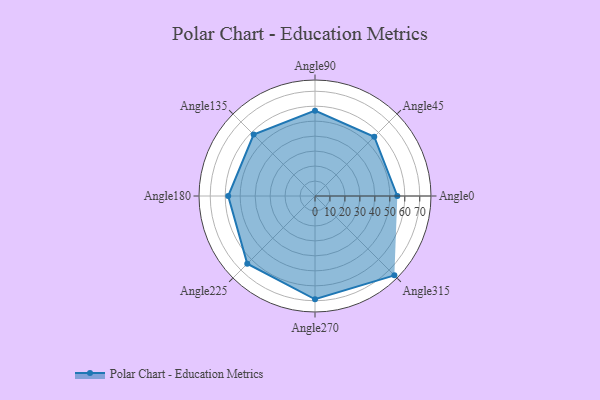
{"axis": {"x": "Angle", "y": "Radius"}, "legend": [""], "data": [{"x": "Angle0", "y": 55.0, "type": ""}, {"x": "Angle45", "y": 56.0, "type": ""}, {"x": "Angle90", "y": 57.0, "type": ""}, {"x": "Angle135", "y": 58.0, "type": ""}, {"x": "Angle180", "y": 58.0, "type": ""}, {"x": "Angle225", "y": 64.0, "type": ""}, {"x": "Angle270", "y": 69.0, "type": ""}, {"x": "Angle315", "y": 75.0, "type": ""}]}